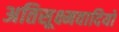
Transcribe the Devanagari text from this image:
अतिसूक्ष्मवादियों